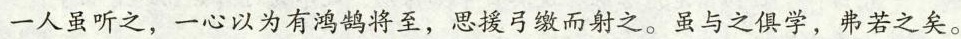
一人虽听之，一心以为有鸿鹄将至，思援弓缴而射之。虽与之俱学，弗若之矣。